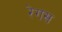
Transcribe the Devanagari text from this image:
रेगस